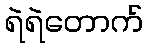
ရဲရဲတောက်